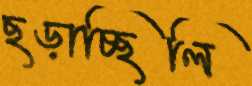
ছড়াচ্ছিলি